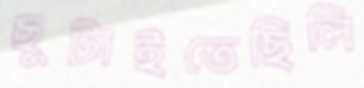
ছুটাইতেছিলি